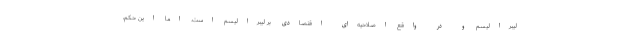
لیبرالیسم و در واقع اصلاحیه‌ای اقتصادی بر لیبرالیسم است. اما این حکم،